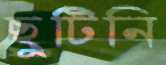
ছুটিনি